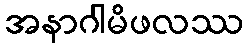
အနာဂါမိဖလဿ